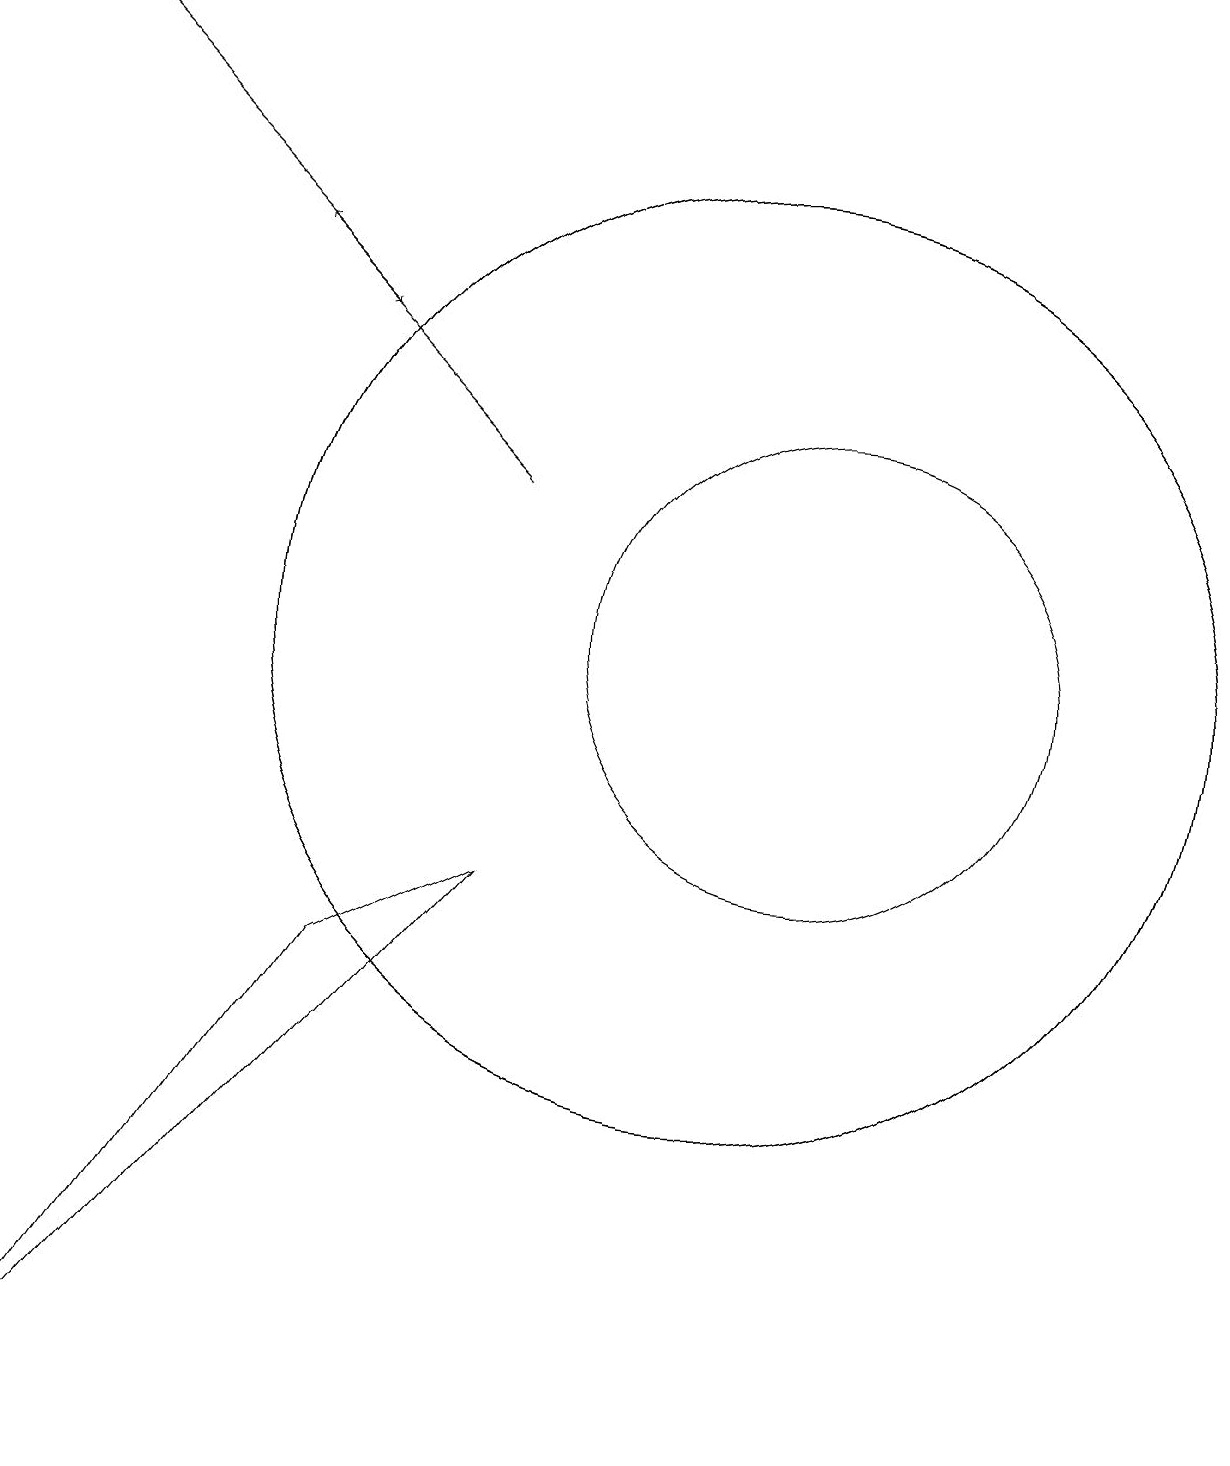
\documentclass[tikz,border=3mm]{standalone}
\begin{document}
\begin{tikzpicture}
\draw (6,6) -- (2,0) -- (8,7) -- cycle;
\draw (12,10) circle (3);
\draw (11,10) circle (6);
\draw[->] (2,18) -- (6,14);
\draw (11,10) circle (6);
\draw[->] (8,12) -- (5,15);
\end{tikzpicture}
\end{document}